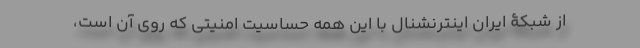
از شبکۀ ایران اینترنشنال با این همه حساسیت امنیتی که روی آن است،